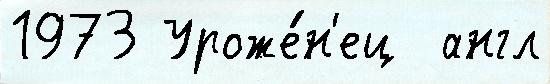
1973 Уроже́н'ец  англ